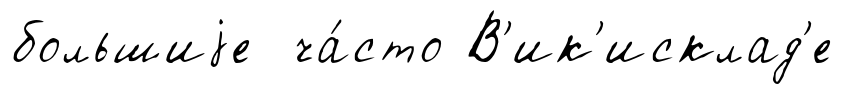
большиjе ча́сто В'ик'исклад'е